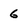
Character: 6